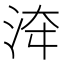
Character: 𣴰